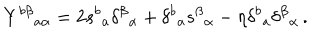
Y ^ { b \beta } { } _ { a \alpha } = 2 s ^ { b } { } _ { a } \delta ^ { \beta } { } _ { \alpha } + \delta ^ { b } { } _ { a } s ^ { \beta } { } _ { \alpha } - \eta \delta ^ { b } { } _ { a } \delta ^ { \beta } { } _ { \alpha } \, .